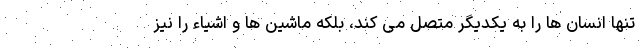
تنها انسان ها را به یکدیگر متصل می کند، بلکه ماشین ها و اشیاء را نیز